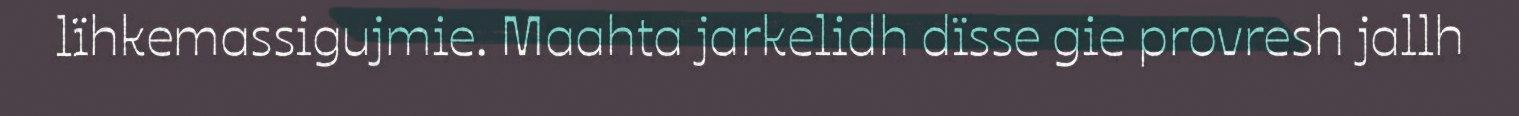
lïhkemassigujmie. Maahta jarkelidh dïsse gie provresh jallh